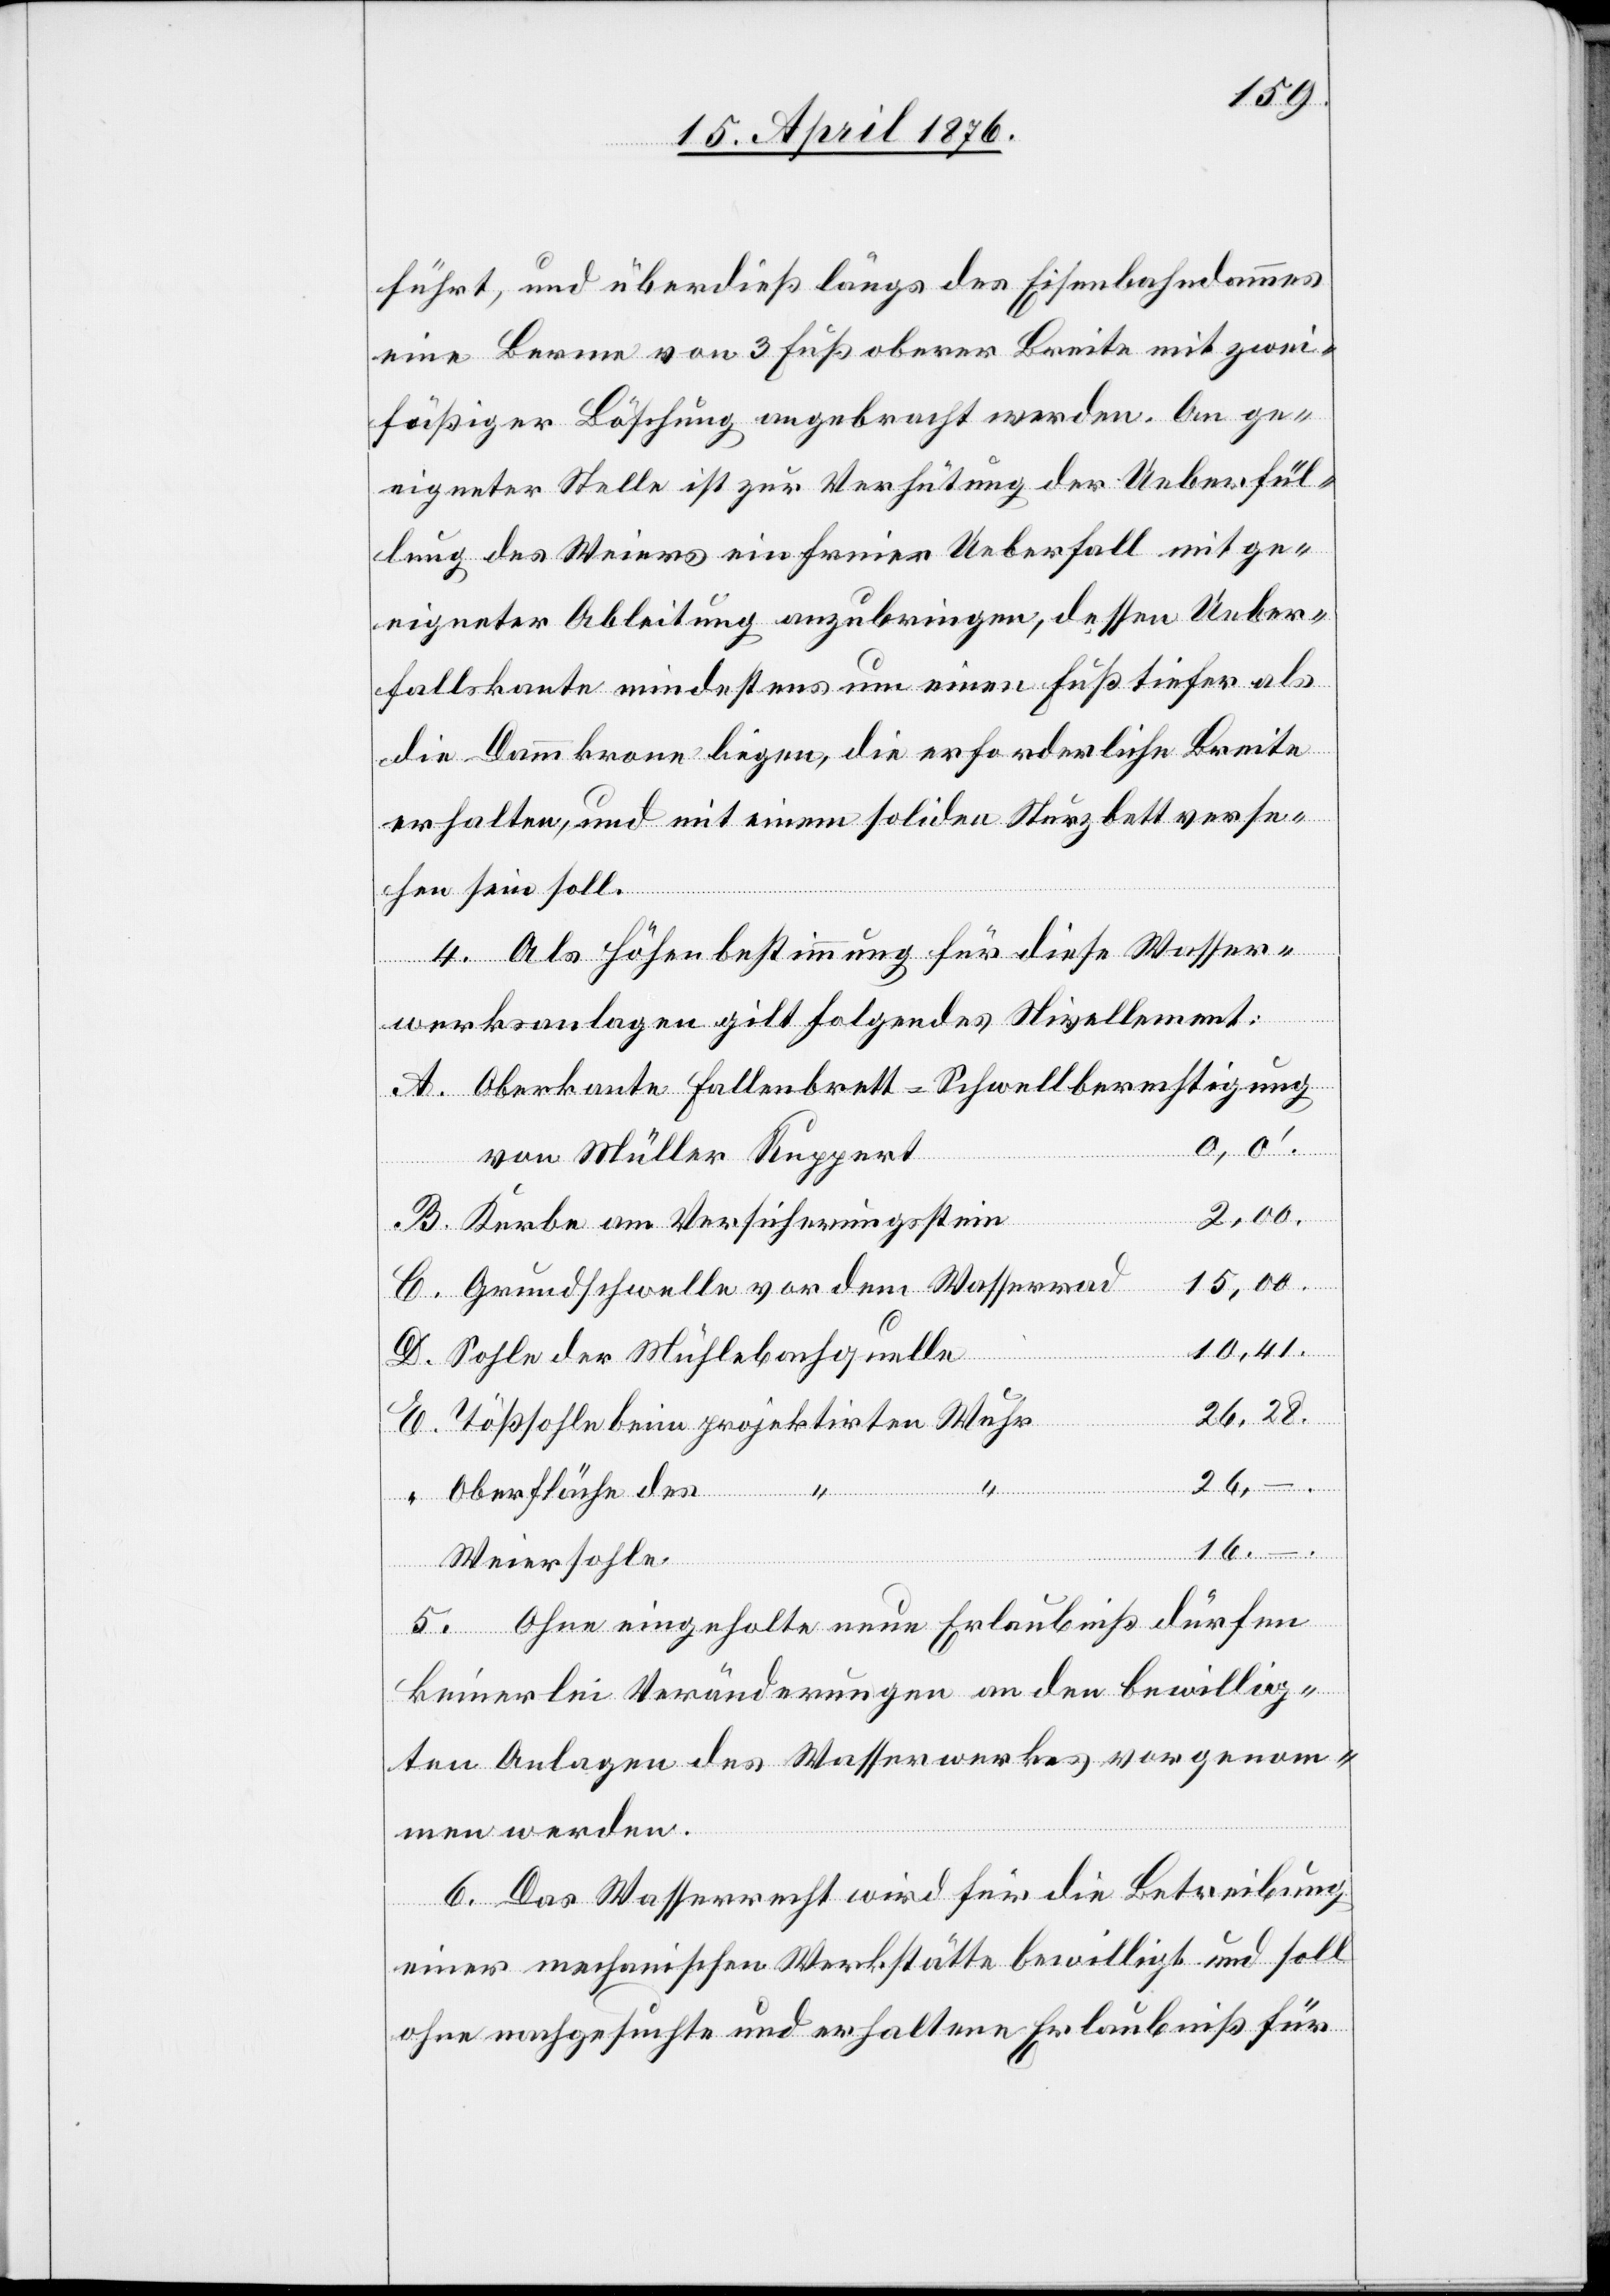
führt, und überdieß längs des Eisenbahndammes
eine Berme von 3 Fuß oberer Breite mit zwei¬
füßiger Böschung angebracht werden. An ge¬
eigneter Stelle ist zur Verhütung der Ueberfül¬
lung des Weiers ein freier Ueberfall mit ge¬
eigneter Ableitung anzubringen, dessen Ueber¬
fallskante mindestens um einen Fuß tiefer als
die Dammkrone liegen, die erforderliche Breite
erhalten, und mit einem soliden Sturzbett verse¬
hen sein soll.
4. Als Höhenbestimmung für diese Wasser¬
C.
werksanlagen gilt folgendes Nivellement:
Oberkante Fallenbrett-Schwellberechtigung
00.
von Müller Rupert
Kerbe am Versicherungsstein
Grundschwelle vor dem Wasserrad
E.
“
Sohle der Mühlbachquelle
Tößsohle beim projektirten Wehr
26,
Oberfläche des
–.
16,
Weiersohle
5. Ohne eingeholte neue Erlaubniß dürfen
keinerlei Veränderungen an den bewillig¬
ten Anlagen des Wasserwerkes vorgenom¬
men werden.
6. Das Wasserrecht wird für die Betreibung
einer mechanischen Werkstätte bewilligt und soll
ohne nachgesuchte und erhaltene Erlaubniß für